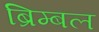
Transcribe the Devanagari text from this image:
ब्रिम्बल